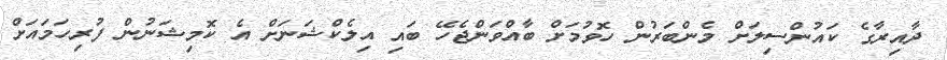
ދާއިރާގެ ކައުންސިލަށް މެންބަރުން ހޮވުމަށް ބާއްވަންޖެހޭ ބައި އިލެކްޝަނަށް އެ ކޮމިޝަނުން ފުރިހަމައަށް